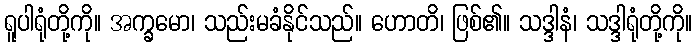
ရူပါရုံတို့ကို။ အက္ခမော၊ သည်းမခံနိုင်သည်။ ဟောတိ၊ ဖြစ်၏။ သဒ္ဒါနံ၊ သဒ္ဒါရုံတို့ကို။